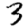
Digit: 3